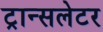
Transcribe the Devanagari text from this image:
ट्रान्सलेटर